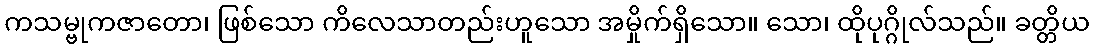
ကသမ္ဗုကဇာတော၊ ဖြစ်သော ကိလေသာတည်းဟူသော အမှိုက်ရှိသော။ သော၊ ထိုပုဂ္ဂိုလ်သည်။ ခတ္တိယ